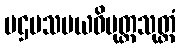
ပဌမသမယဝိမုတ္တသုတ္တံ